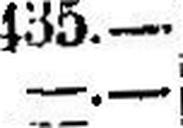
—.—